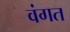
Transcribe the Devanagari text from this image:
वंगत